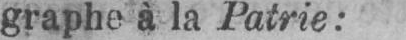
graphe à la Patrie: